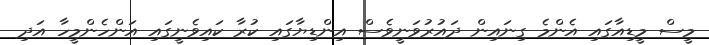
މީސް މީޑިއާގައި އެންމެ ގިނައިން ދައުރުވަނީވެސް އިންޑިޔާގައި ކުރާ ކައިވެނީގައި އަންހެންމީހާ އަދި